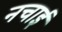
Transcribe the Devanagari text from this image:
नचाई